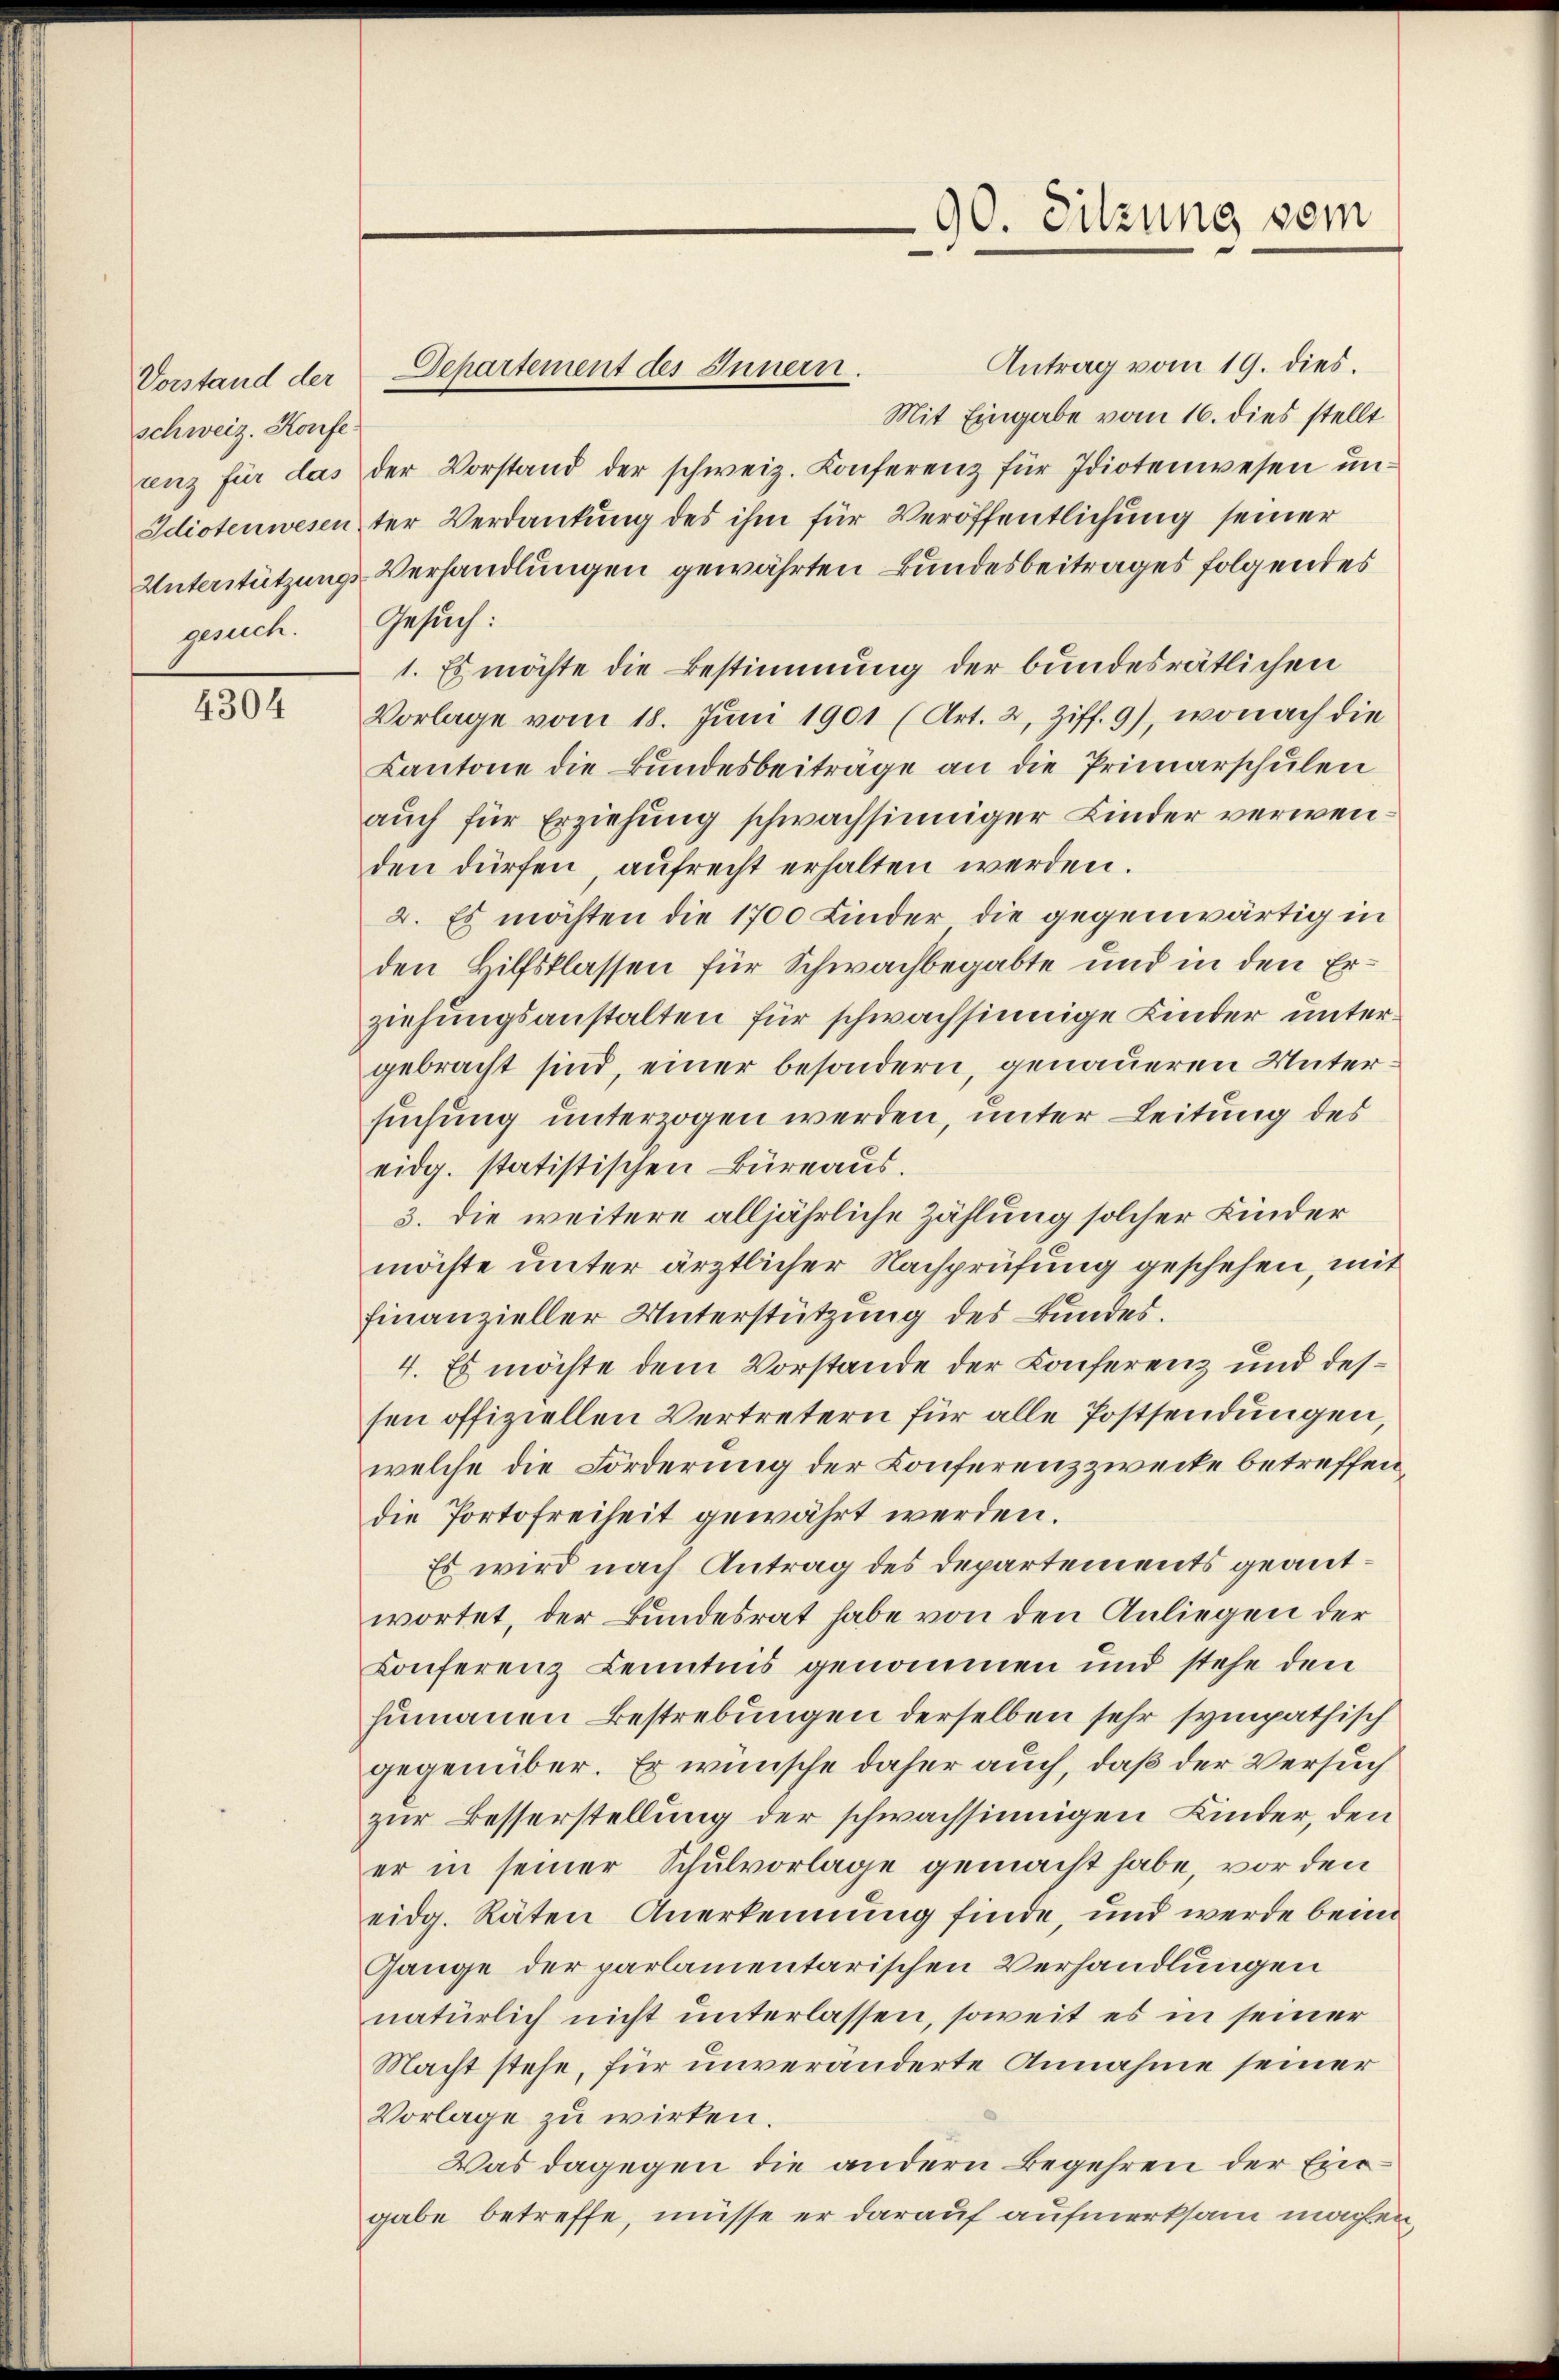
Vorstand der
schweiz. Konfe
gesuch. Gesuch:

4304

Antrag vom 19. dies.
Mit Eingabe vom 16. dies stellt
enz für das der Vorstand der schweiz. Konferenz für Idiotenwesen ŭn-
Idiotenwesen ter Verdankung des ihm für Veröffentlichung seiner
Unterstützungs-Verhandlungen gewährten Bundesbeitrages folgendes
1. Es möchte die Bestimmung der bundesrätlichen
Vorlage vom 18. Juni 1901 (Art. 2, Ziff. 9), wonach die
Kantone die Bundesbeiträge an die Primarschulen
auch für Erziehung schwachsinniger Kinder verwenden dürfen, aufrecht erhalten werden.
2. Es möchten die 1700 Kinder die gegenwärtig in
den Hilfsklassen für Schwachbegabte und in den Erziehungsanstalten für schwachsinnige Kinder untergebracht sind, einer besondern, genaueren Untersuchung unterzogen werden, unter Leitung des
eidg. statistischen Büreaus.
3. die weitere alljährliche Zählung solcher Kinder
möchte unter ärztlicher Nachprüfung geschehen, mit
finanzieller Unterstützung des Bundes.
4. Es möchte dem Vorstande der Konferenz und dessen offiziellen Vertretern für alle Postsendungen,
welche die Förderung der Konferenzzwecke betreffen,
die Portofreiheit gewährt werden.
Es wird nach Antrag des Departements geantwortet, der Bundesrat habe von den Anliegen der
Conferenz Kenntnis genommen und stehe den
humannen Bestrebungen derselben sehr sympathisch
gegenüber. Er wünsche daher auch, daß der Versuch
zur Besserstellung der schwachsinnigen Kinder, den
er in seiner Schulvorlage gemacht habe, vor den
eidg. Räten Anerkennung finde, und werde beim
Gange der parlamentarischen Verhandlungen
natürlich nicht unterlassen, soweit es in seiner
Macht stehe, für unveränderte Annahme seiner
Vorlage zu wirken.
Was dagegen die andern Begehren der Eingabe betreffe, müsse er darauf aufmerksam machen,

Departement des Innern.

90. Sitzung vom